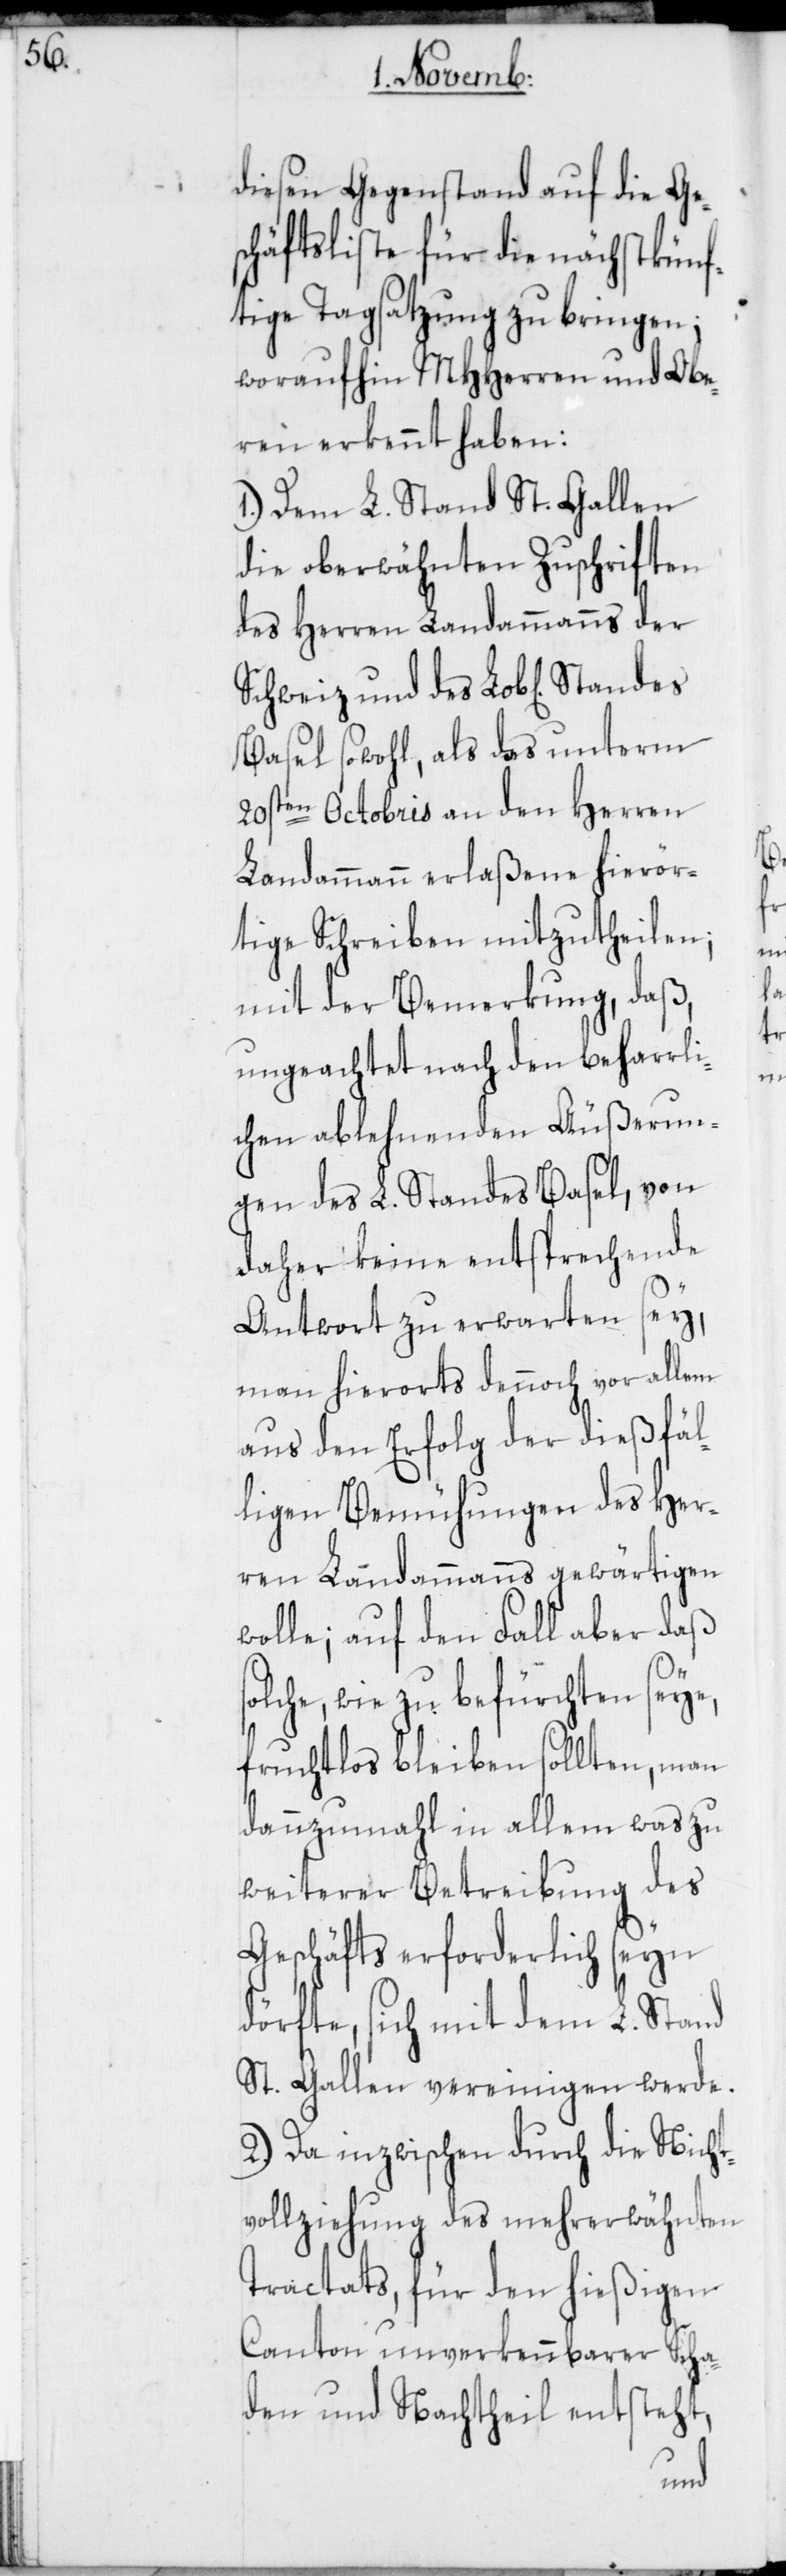
s¬

diesen Gegenstand auf die Ge¬
schäftsliste für die nächstkünf¬
tige Tagsatzung zu bringen;
woraufhin MHHerren und Obe¬
ren erkennt haben:
1.) Dem L. Stand St. Gallen
die oberwähnten Zuschriften
des Herren Landammanns der
Schweiz und des Lob[lichen]
Basel sowohl, als das unterm
20sten Octobris an den Herren
Landammann erlaßene hierör¬
tige Schreiben mitzutheilen;
mit der Bemerkung, daß,
ungeachtet nach den beharrli¬
chen ablehnenden Äußerun¬
gen des L. Standes Basel, von
daher keine entsprechende
Antwort zu erwarten sey,
man hierorts dennoch vor allem
aus den Erfolg der dießfäl¬
ligen Bemühungen des Her¬
ren Landammanns gewärtigen
wolle; auf den Fall aber daß
olche, wie zu befürchten seye,
fruchtlos bleiben sollten, man
dannzumahl in allem was zu
weiterer Betreibung des
Geschäfts erforderlich seyn
dörfte, sich mit dem L. Stand
St. Gallen vereinigen werde.
2.) Da inzwischen durch die Nicht¬
vollziehung des mehrerwähnten
Tractats, für den hießigen
Canton unverkennbarer Scha¬
den und Nachtheil entsteht,